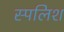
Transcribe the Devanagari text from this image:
स्पलिश